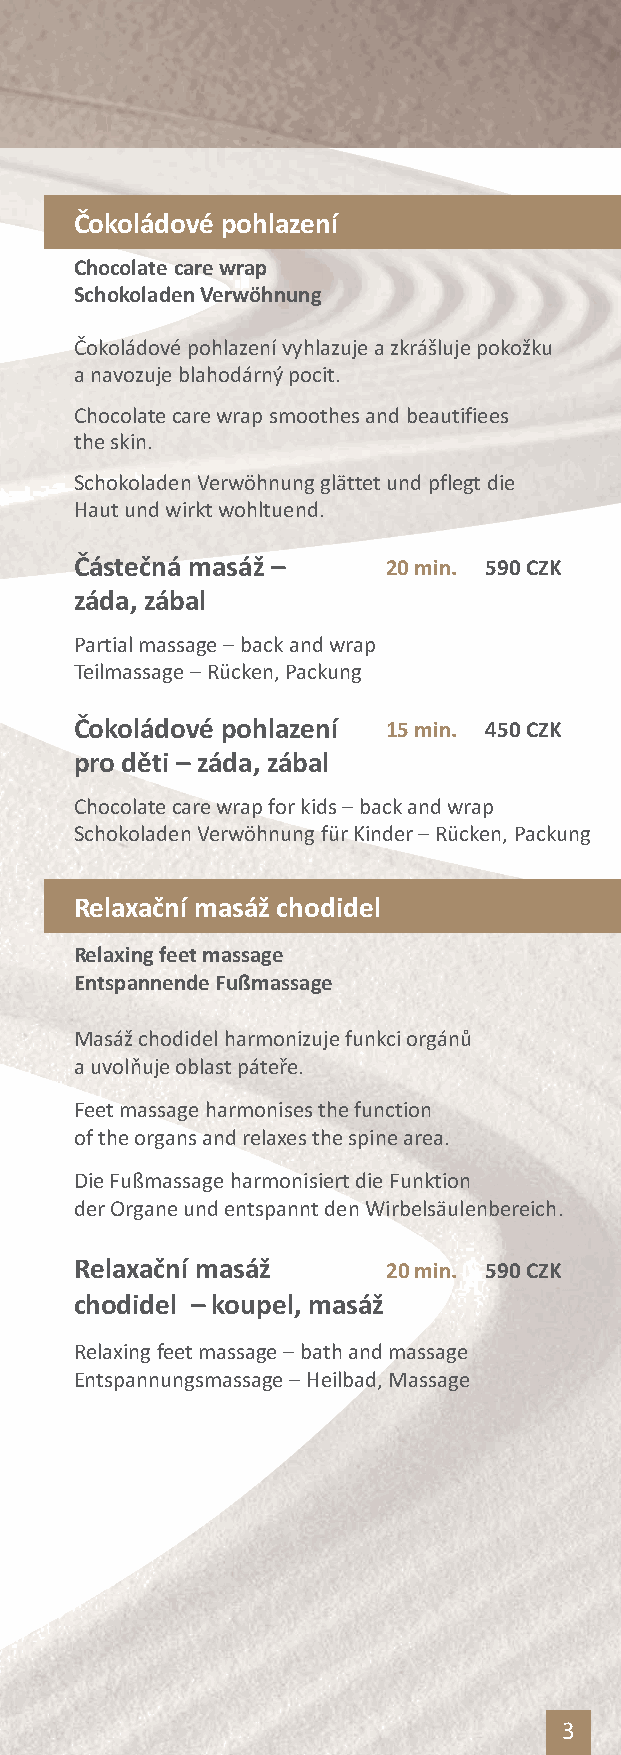
Čokoládové pohlazení
 Chocolate care wrap
 Schokoladen Verwöhnung
 Čokoládové pohlazení vyhlazuje a zkrášluje pokožku
 a navozuje blahodárný pocit.
 Chocolate care wrap smoothes and beautifiees
 the skin.
 Schokoladen Verwöhnung glättet und pflegt die
 Haut und wirkt wohltuend.
 Částečná masáž –     20min. 590CZK
 záda, zábal
 Partial massage–back and wrap
 Teilmassage–Rücken, Packung
 Čokoládové pohlazení 15min. 450CZK
 pro děti – záda, zábal
 Chocolate care wrap for kids–back and wrap
 Schokoladen Verwöhnung für Kinder–Rücken, Packung
 Relaxační masáž chodidel
 Relaxing feet massage
 Entspannende Fußmassage
 Masážchodidel harmonizuje funkci orgánů
 a uvolňuje oblast páteře.
 Feet massage harmonises the function
 of the organs and relaxes the spine area.
 Die Fußmassage harmonisiert die Funktion
 der Organe und entspannt den Wirbelsäulenbereich.
 Relaxační masáž      20min. 590CZK
 chodidel – koupel, masáž
 Relaxing feet massage–bath and massage
 Entspannungsmassage–Heilbad, Massage
 3